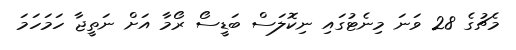
މެޗުގެ 28 ވަނަ މިނެޓުގައި ނިކޮލަސް ބަޑީސޯ ރޯމާ އަށް ނަތީޖާ ހަމަހަމަ